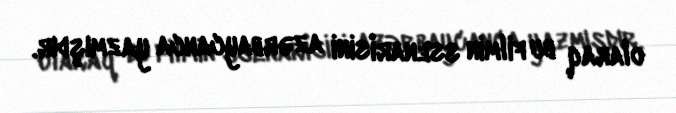
olaraq bu filmin ssenarisini azərbaycanca yazmışdır.